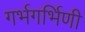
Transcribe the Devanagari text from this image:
गर्भगर्भिणी